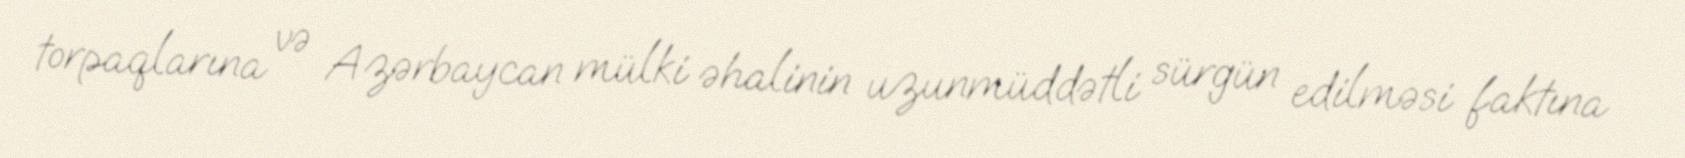
torpaqlarına və Azərbaycan mülki əhalinin uzunmüddətli sürgün edilməsi faktına